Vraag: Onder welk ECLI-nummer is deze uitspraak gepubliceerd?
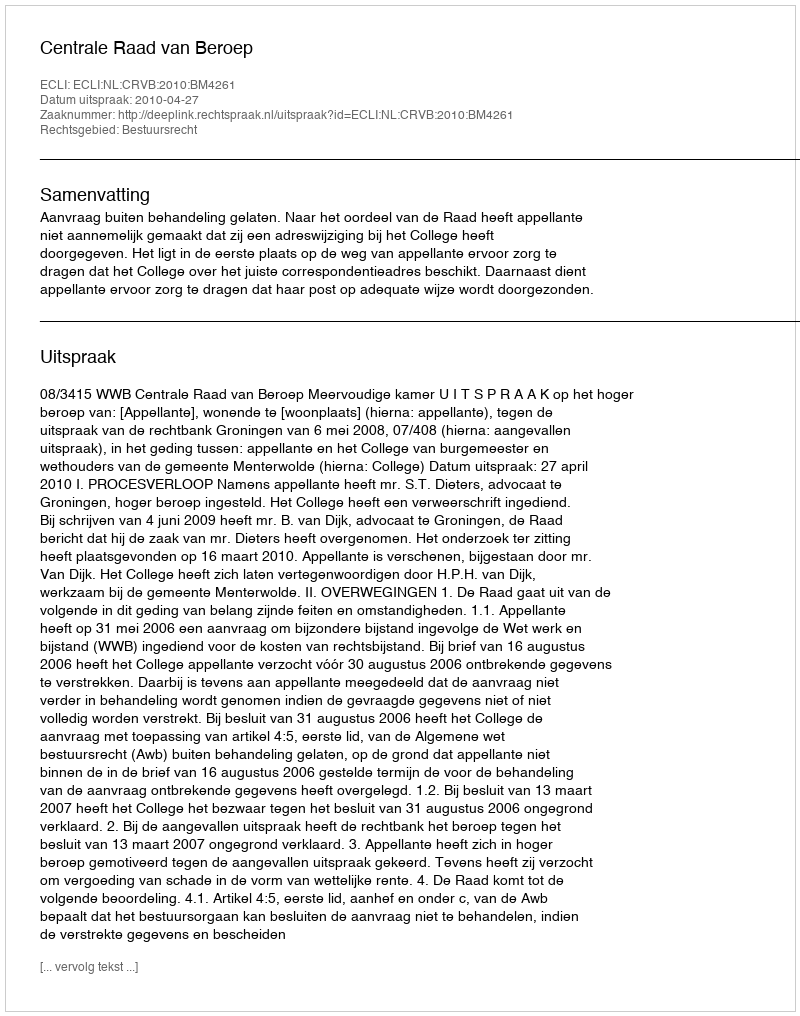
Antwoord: ECLI:NL:CRVB:2010:BM4261